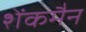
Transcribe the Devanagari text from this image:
शेंकमैन